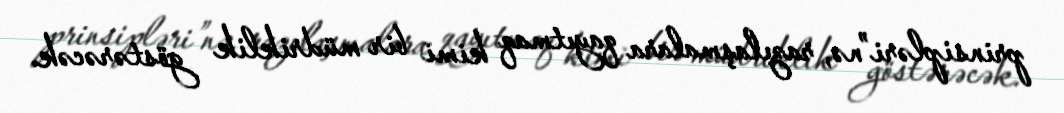
prinsipləri”nə, razılaşmalara qayıtmaq kimi bir müdriklik göstərəcək.